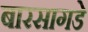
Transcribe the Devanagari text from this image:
बारसागडे